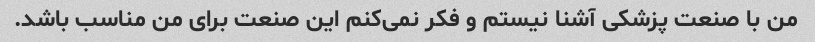
من با صنعت پزشکی آشنا نیستم و فکر نمی‌کنم این صنعت برای من مناسب باشد.